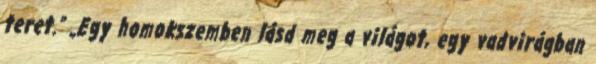
teret.” „Egy homokszemben lásd meg a világot, egy vadvirágban